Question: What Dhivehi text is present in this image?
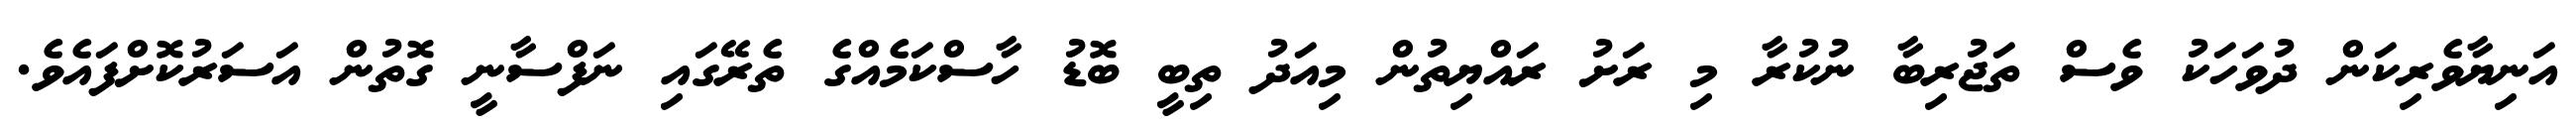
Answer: އަނިޔާވެރިކަން ދުވަހަކު ވެސް ތަޖުރިބާ ނުކުރާ މި ރަށު ރައްޔިތުން މިއަދު ތިބީ ބޮޑު ހާސްކަމެއްގެ ތެރޭގައި ނަފްސާނީ ގޮތުން އަސަރުކޮށްފައެވެ.